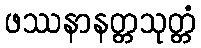
ဖဿနာနတ္တသုတ္တံ